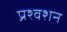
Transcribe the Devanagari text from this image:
प्रश्वशन